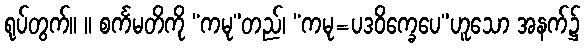
ရုပ်တွက်။ ။ စင်္ကမတိကို “ကမု”တည်၊ “ကမု=ပဒဝိက္ခေပေ”ဟူသော အနက်၌